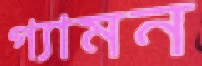
গ্যামন